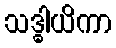
သဒ္ဓါယိကာ